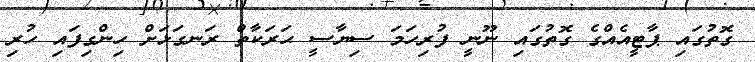
ގޮތުގައި ޕާޓީއެއްގެ ގޮތުގައި ނޫނީ ފުރިހަމަ ސިޔާސީ ޙަރަކާތް ރަނގަޅަށް ހިންގިފައި ހުރި